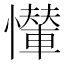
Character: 𢤠